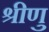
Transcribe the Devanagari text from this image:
श्रीणु